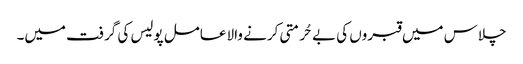
چلاس میں قبروں کی بے حُرمتی کرنے والا عامل پولیس کی گرفت میں۔